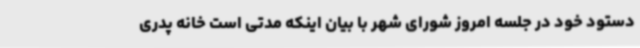
دستود خود در جلسه امروز شورای شهر با بیان اینکه مدتی است خانه پدری